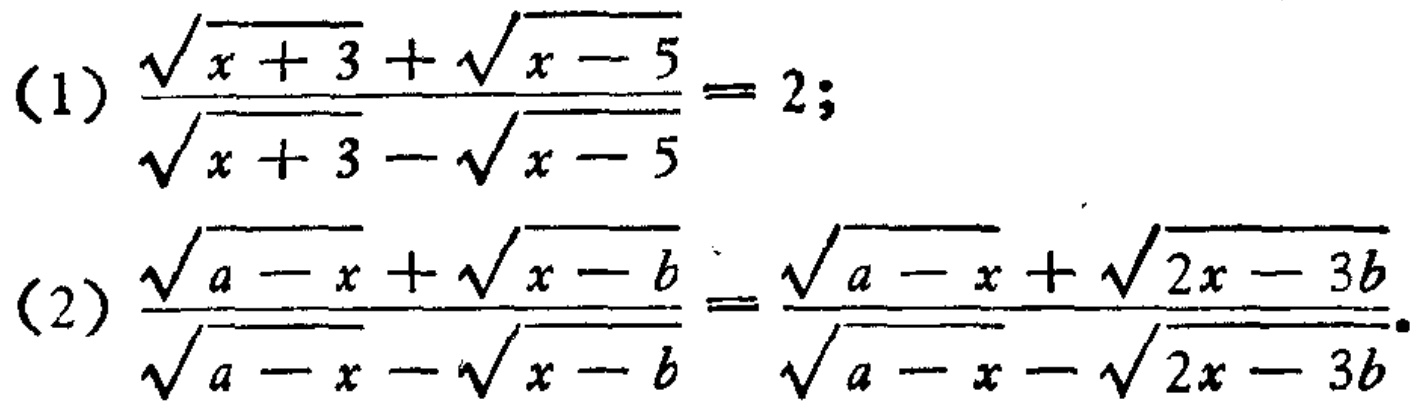
(1) \(\frac{\sqrt{x + 3}+\sqrt{x - 5}}{\sqrt{x + 3}-\sqrt{x - 5}} = 2\);
(2) \(\frac{\sqrt{a - x}+\sqrt{x - b}}{\sqrt{a - x}-\sqrt{x - b}}=\frac{\sqrt{a - x}+\sqrt{2x - 3b}}{\sqrt{a - x}-\sqrt{2x - 3b}}\)